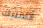
أتلانتيك